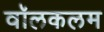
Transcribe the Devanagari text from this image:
वॉलकलम